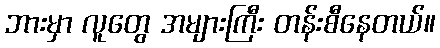
ဘားမှာ လူတွေ အများကြီး တန်းစီနေတယ်။